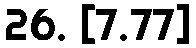
26. [7.77]